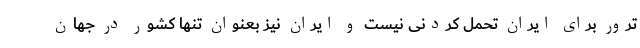
ترور برای ایران تحمل کردنی نیست و ایران نیز بعنوان تنها کشور در جهان